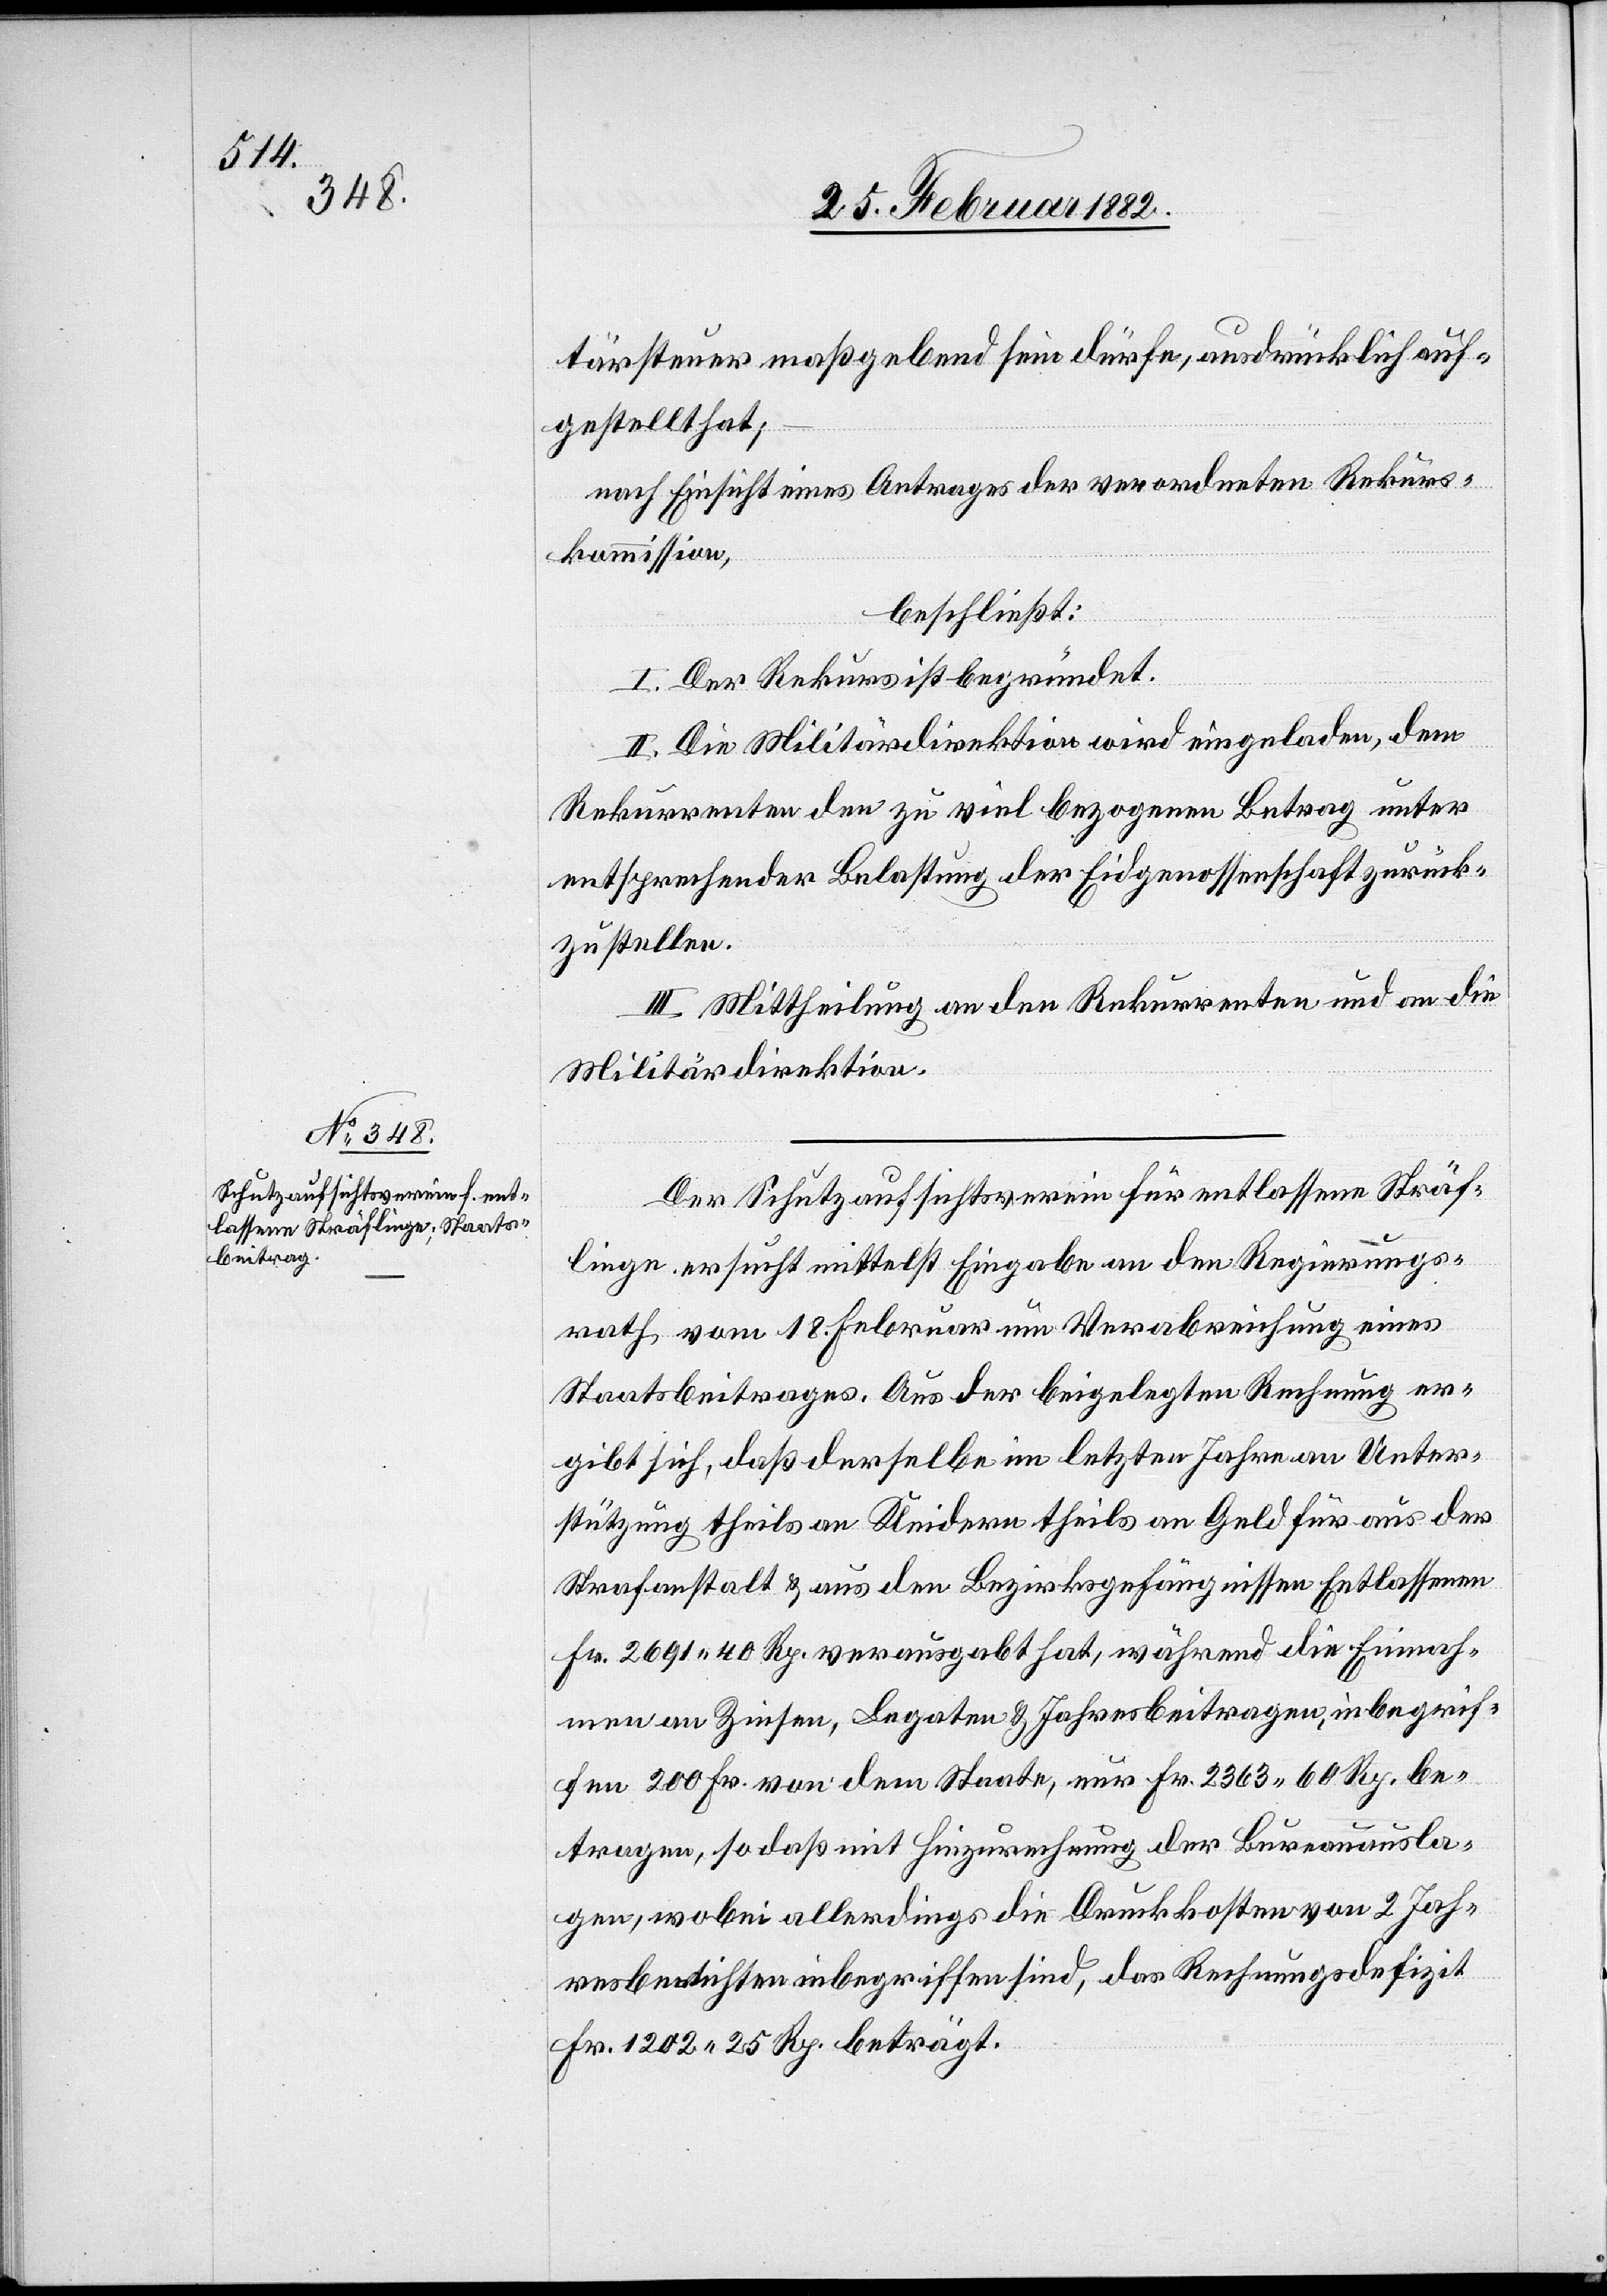
tärsteuer maßgebend sein dürfte, ausdrücklich auf¬
gestellt hat;
nach Einsicht eines Antrages der verordneten Rekurs¬
kommission,
beschließt:
I. Der Rekurs ist begründet.
II. Die Militärdirektion wird eingeladen, dem
Rekurrenten den zu viel bezogenen Betrag unter
entsprechender Belastung der Eidgenossenschaft zurück¬
zustellen.
III. Mittheilung an den Rekurrenten und an die
Militärdirektion.
Der Schutzaufsichtsverein für entlassene Sträf¬
linge ersucht mittelst Eingabe an den Regierungs¬
rath vom 18. Februar um Verabreichung eines
Staatsbeitrages. Aus der beigelegten Rechnung er¬
gibt sich, daß derselbe im letzten Jahre an Unter¬
stützung theils an Kleidern theils an Geld für aus der
Strafanstalt & aus den Bezirksgefängnissen Entlassenen
Fr. 2691 Fr.40 Rp. verausgabt hat, während die Einnah¬
men an Zinsen, Legaten & Jahresbeitragen, inbegrif¬
fen 200 Fr. von dem Staate, nur Fr. 2363 60 Rp. be¬
tragen, so daß mit Hinzurechnung der Bureauausla¬
gen, wobei allerdings die Druckkosten von 2 Jah¬
resberichten inbegriffen sind, das Rechnungsdefizit
Fr. 1202 25 Rp. beträgt.